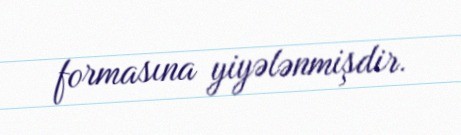
formasına yiyələnmişdir.